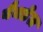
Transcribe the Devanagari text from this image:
यैनडेल